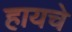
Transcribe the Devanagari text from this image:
हायचे